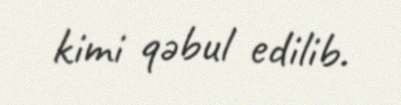
kimi qəbul edilib.